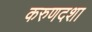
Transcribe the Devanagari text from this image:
करुणदशा